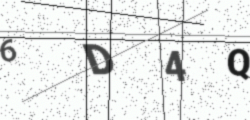
Text: 6D4Q